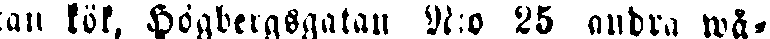
an kök, Högbergsgatan N:o 25 andra wå-